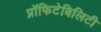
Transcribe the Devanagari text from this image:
प्रॉफिटेबिलिटी